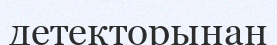
детекторынан